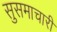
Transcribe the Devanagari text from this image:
सुसमाचारी